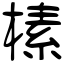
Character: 榡